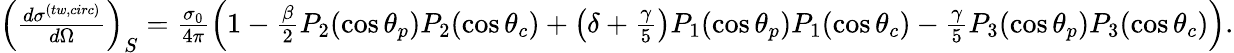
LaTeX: \begin{array}{r}{\left(\frac{d\sigma^{(tw,circ)}}{d\Omega}\right)_{S}=\frac{\sigma_{0}}{4\pi}\left(1-\frac{\beta}{2}P_{2}(\cos\theta_{p})P_{2}(\cos\theta_{c})+\left(\delta+\frac{\gamma}{5}\right)P_{1}(\cos\theta_{p})P_{1}(\cos\theta_{c})-\frac{\gamma}{5}P_{3}(\cos\theta_{p})P_{3}(\cos\theta_{c})\right).}\end{array}